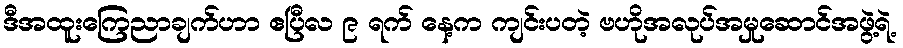
ဒီအထူးကြေညာချက်ဟာ ဧပြီလ ၉ ရက် နေ့က ကျင်းပတဲ့ ဗဟိုအလုပ်အမှုဆောင်အဖွဲ့ရဲ့